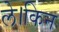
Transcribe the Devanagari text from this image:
ले।किन